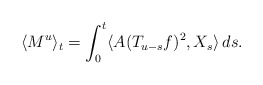
\begin{align*} \langle M^{u}\rangle_t=\int_0^t \langle A(T_{u-s}f)^2, X_s\rangle\,ds.\end{align*}